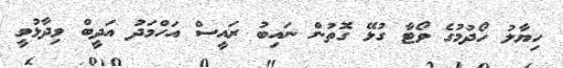
ހިޔާލު ހޯދުމުގެ ވޯޓާ ގުޅޭ ގޮތުން ނައިބު ރައީސް އަހްމަދު އަދީބް ވިދާޅުވީ